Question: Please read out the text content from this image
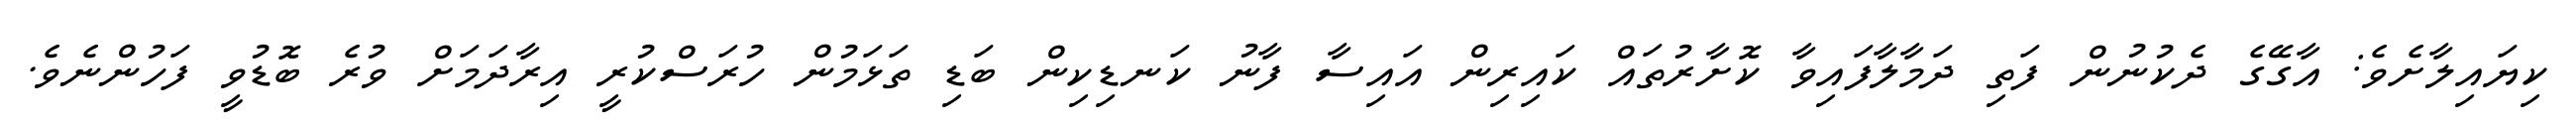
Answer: ކިޔައިލާށެވެ: އާގޭގެ ދެކުނުން ފަތި ދަމާލާފައިވާ ކޮށާރުތައް ކައިރިން އައިސާ ފާނު ކަނޑިކިން ބަޑި ތަޅަމުން ހުރަސްކުރީ އިރާދަމަށް ވުރެ ބޮޑުވީ ފަހުންނެވެ.